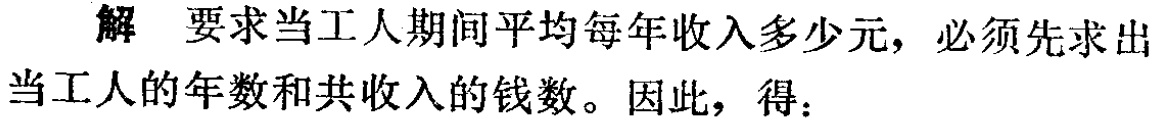
解 要求当工人期间平均每年收入多少元，必须先求出当工人的年数和共收入的钱数。因此，得：